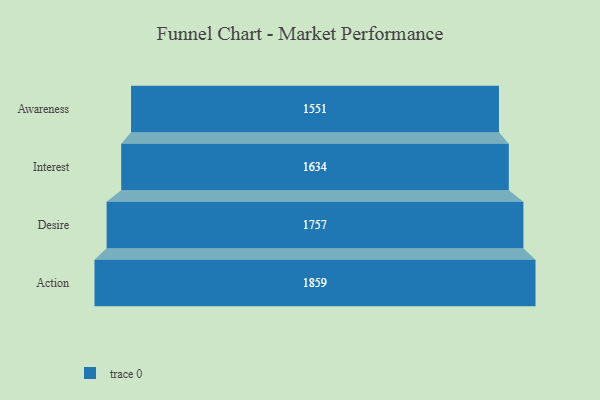
{"axis": {"x": "Stage", "y": "Value"}, "legend": [""], "data": [{"x": "Awareness", "y": 1551.0, "type": ""}, {"x": "Interest", "y": 1634.0, "type": ""}, {"x": "Desire", "y": 1757.0, "type": ""}, {"x": "Action", "y": 1859.0, "type": ""}]}